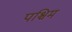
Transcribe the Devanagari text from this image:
पश्चिम